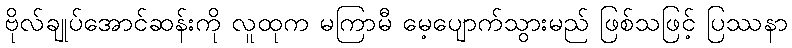
ဗိုလ်ချုပ်အောင်ဆန်းကို လူထုက မကြာမီ မေ့ပျောက်သွားမည် ဖြစ်သဖြင့် ပြဿနာ